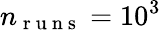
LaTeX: n_{\mathrm{~r~u~n~s~}}=10^{3}